Report on sanitation, dispensaries, and jails in Rajputana for 1920, and on vaccination for the year 1920-1921 - 1920-1921
Year: 1920
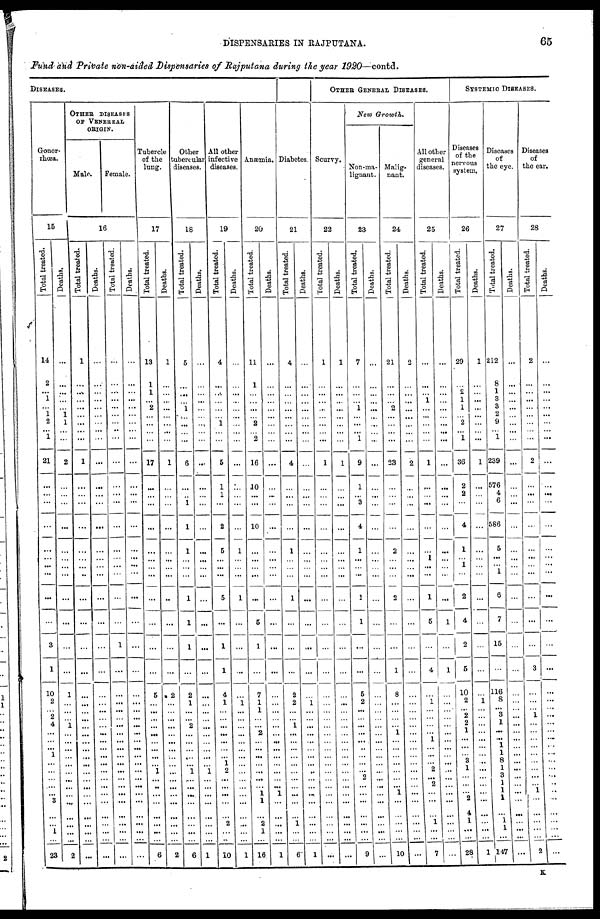
DISPENSARIES IN RAJPUTANA.
65
Fund and Private non-aided Dispensaries of Rajputana during the year 1920—contd.
DISEASES.
Gonor-
rhoea.
15
Total treated.
14
2
...
1
...
1
2
...
1
21
...
...
...
...
...
...
...
...
...
...
3
1
10
2
... 2
4
...
...
...
1
...
...
...
...
...
3
...
...
1
...
23
Deaths.
...
...
...
...
...
1
1
...
...
2
...
...
...
...
...
...
...
...
...
...
...
...
1
...
...
...
1
...
...
...
... ...
...
...
...
...
...
...
...
...
...
2
OTHER DISEASES
OF
VENEREAL
ORIGIN.
Male
Female.
16
Total treated.
1
...
...
...
...
...
...
...
...
1
...
...
...
...
...
...
...
..
...
...
...
...
...
...
...
...
...
...
...
...
... ...
...
...
...
...
...
...
...
...
...
...
Deaths.
...
...
...
...
...
...
...
...
...
...
...
...
...
...
...
...
...
...
...
...
...
...
...
...
...
...
...
...
...
...
... ...
...
...
...
...
...
...
...
...
...
...
Total treated.
...
...
...
...
...
...
...
...
...
...
...
...
...
...
...
...
...
...
...
...
1
...
...
...
...
...
...
...
...
...
... ...
...
...
...
...
...
...
...
...
...
...
Deaths.
...
...
...
...
...
...
...
...
...
...
...
...
...
...
...
...
...
...
...
...
...
...
...
...
...
...
...
...
...
...
... ...
...
...
...
...
...
...
...
...
...
...
Tubercle
of the
lung.
17
Total treated.
13
1
1
...
2
...
...
...
...
17
...
...
...
...
...
...
...
...
...
...
...
...
5
...
...
...
...
...
...
...
... ...
1
...
...
...
...
...
...
...
...
6
Deaths.
1
...
...
...
...
...
...
...
...
1
...
...
...
...
...
...
...
...
..
...
...
...
2
...
...
...
...
...
...
...
... ...
...
...
...
...
...
...
...
...
...
2
Other
tubercular
diseases.
18
Total treated.
5
...
...
...
1
...
...
...
...
6
...
...
1
1
1
...
...
...
1
1
1
...
2
1
...
. ..
2
...
...
...
... ...
1
...
...
...
...
...
...
...
...
6
Deaths.
...
...
...
...
...
...
...
...
...
...
...
...
...
...
...
...
...
...
...
...
...
...
...
...
...
...
...
...
...
...
... ...
1
...
...
...
...
...
...
...
...
1
All other
infective
diseases.
19
Total treated.
4
...
...
...
...
... 1
...
...
5
1
1
...
2
5
...
...
...
5
...
1
1
4
1
...
...
...
...
...
...
... 1
2
...
...
...
...
...
2
...
...
10
Deaths.
...
...
...
...
...
...
...
...
...
...
...
...
...
...
1
...
...
...
1
...
...
...
...
1
...
...
...
...
...
...
... ...
...
...
...
...
...
...
...
...
...
1
Anæmia.
20
Total treated.
11
1
...
...
...
... 2
... 2
16
10
...
...
10
...
...
...
...
...
5
1
...
7
1
1
...
...
2
...
...
... ...
...
...
...
1
1
...
2
1
...
16
Deaths.
...
...
...
...
...
...
...
...
...
...
...
...
...
...
...
...
...
...
...
...
...
...
...
...
...
...
...
...
...
...
... ...
...
...
...
1
...
...
...
...
...
1
Diabetes.
21
Total treated.
4
...
...
...
...
...
...
...
...
4
...
...
...
...
1
...
...
...
1
...
...
...
2
2
...
...
1
...
...
...
... ...
...
...
...
...
...
...
1
...
...
6
Deaths.
...
...
...
...
...
...
...
...
...
...
...
...
...
...
...
...
...
...
...
...
...
...
...
1
...
...
...
...
...
...
... ...
...
...
...
...
...
...
...
...
...
1
OTHER GENERAL DISEASES.
Scurvy.
22
Total treated.
1
...
...
...
...
...
...
...
...
1
...
...
...
...
...
...
...
...
...
...
...
...
...
...
...
...
...
...
...
...
... ...
...
...
...
...
...
...
...
...
...
...
Deaths.
1
...
...
...
...
...
...
...
...
1
...
...
...
...
...
...
...
...
...
...
...
...
...
...
...
...
...
...
...
...
... ...
...
...
...
...
...
...
...
...
...
...
New Growth.
Non-ma-
lignant.
23
Total treated.
7
...
...
...
1
...
...
...
1
9
1
...
3
4
1
...
...
...
1
1
...
...
5
2
...
...
...
...
...
...
... ...
...
2
...
...
...
...
...
...
...
9
Deaths.
...
...
...
...
...
...
...
...
...
...
...
...
...
...
...
...
...
...
...
...
...
...
...
...
...
...
...
...
...
...
... ...
...
...
...
...
...
...
...
...
...
...
Malig-
nant.
24
Total treated.
21
...
...
...
2
...
...
...
...
23
...
...
...
...
2
...
...
...
2
...
...
1
8
...
...
...
...
1
...
...
... ...
...
...
...
1
...
...
...
...
...
10
Deaths.
2
...
...
...
...
...
...
...
...
2
...
...
...
...
...
...
...
...
...
...
...
...
...
...
...
...
...
...
...
...
... ...
...
...
...
...
...
...
...
...
...
...
All other
general
diseases.
25
Total treated.
...
...
...
1
...
...
...
...
...
1
...
...
...
...
...
1
...
...
1
5
...
4
...
1
...
...
...
...
1
...
... ...
2
...
2
...
...
...
1
...
...
7
Deaths.
...
...
...
...
...
...
...
...
...
...
...
...
...
...
...
...
...
...
...
1
...
1
...
...
...
...
...
...
...
...
... ...
...
...
...
...
...
...
...
...
...
...
SYSTEMIC DISEASES.
Diseases
of the
nervous
system.
26
Total treated.
29
...
2
1
1
... 2
...
1
36
2
2
...
4
1
... 1
...
2
4
2
5
10
2
... 2
2
1
...
...
... 3
1
...
...
...
2
4
1
...
...
28
Deaths.
1
...
...
...
...
...
...
...
...
1
...
...
...
...
...
...
...
...
...
...
...
...
...
1
...
...
...
...
...
...
... ...
...
...
...
...
...
...
...
...
...
1
Diseases
of
the eye.
27
Total treated.
212
8
1
3
3
2
9
... 1
239
576
4
6
586
5
...
...
1
6
7
15
...
116
8
... 3
1
...
... 1
1 8
1
3
1
1
1
...
1
1
...
147
Deaths.
...
...
...
...
...
...
...
...
...
...
...
...
...
...
...
...
...
...
...
...
...
...
...
...
...
...
...
...
...
...
... ...
...
...
...
...
...
...
...
...
...
...
Diseases
of
the ear.
28
Total treated.
2
...
...
...
...
...
...
...
...
2
...
...
...
...
...
...
...
...
...
...
...
3
...
...
... 1
...
...
...
...
... ...
...
...
...
1
...
...
...
...
...
2
Deaths.
...
...
...
...
...
...
...
...
...
...
...
...
...
...
...
...
...
...
...
...
...
...
...
...
...
...
...
...
...
...
... ...
...
...
...
...
...
...
...
...
...
...
K